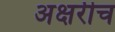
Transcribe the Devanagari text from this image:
अक्षरीच